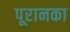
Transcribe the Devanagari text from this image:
पूरानका